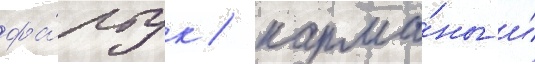
фа́ртук / карма́ны и́